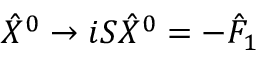
{ \hat { X } } ^ { 0 } \rightarrow i S { \hat { X } } ^ { 0 } = - { \hat { F } } _ { 1 }